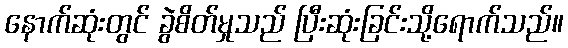
နောက်ဆုံးတွင် ခွဲစိတ်မှုသည် ပြီးဆုံးခြင်းသို့ရောက်သည်။